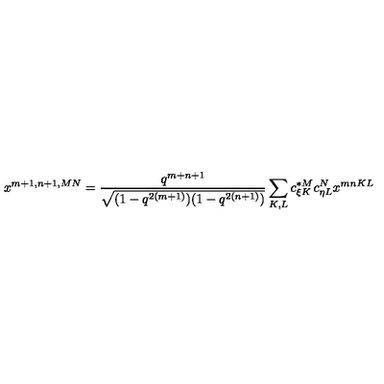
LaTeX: x ^ { m + 1 , n + 1 , M N } = \frac { q ^ { m + n + 1 } } { \sqrt { ( 1 - q ^ { 2 ( m + 1 ) } ) ( 1 - q ^ { 2 ( n + 1 ) } ) } } \sum _ { K , L } c _ { \xi K } ^ { * M } c _ { \eta L } ^ { N } x ^ { m n K L }